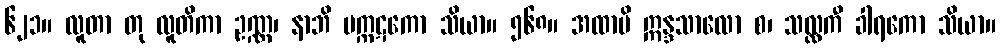
၆၂၁။ လူတာ တု လူတိကာ ဥဏ္ဏ၊ နာဘိ မက္ကဋကော သိယာ။ ၅၆၈။ အထာပိ ဣန္ဒသာလော စ၊ သလ္လကီ ခါရကော သိယာ။